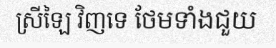
ស្រីឡៃ វិញទេ ថែមទាំងជួយ